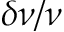
\delta \nu / \nu